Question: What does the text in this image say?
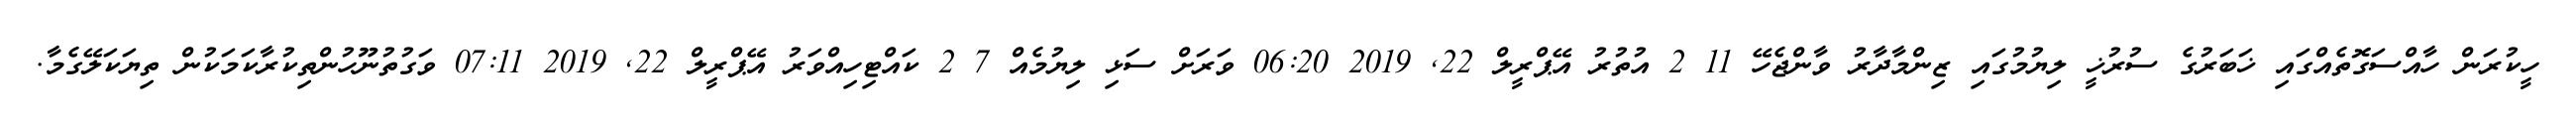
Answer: ހީކުރަން ހާއްސަގޮތެއްގައި ޚަބަރުގެ ސުރުޚީ ލިޔުމުގައި ޒިންމާދާރު ވާންޖެހޭ 11 2 އުތުރު އޭޕްރީލް 22, 2019 06:20 ވަރަށް ސަޅި ލިޔުމެއް 7 2 ކައްޓިހިއްވަރު އޭޕްރީލް 22, 2019 07:11 ވަގުތުނޫހުންތިކުރާކަމަކުން ތިޔަކަލޭގެމާ.